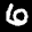
Label: 6